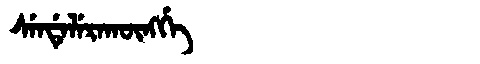
Manchu: ᠰᡝᠨᡩᡝᠯᡝᡵᠠᡴᡡᠩᡤᡝ
Romanization: SENDELERAKŪNGGE